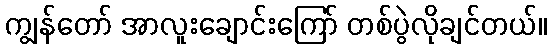
ကျွန်တော် အာလူးချောင်းကြော် တစ်ပွဲလိုချင်တယ်။